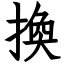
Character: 換